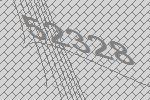
52328